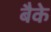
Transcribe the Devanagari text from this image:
बैके